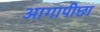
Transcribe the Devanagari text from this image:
आगापीछा